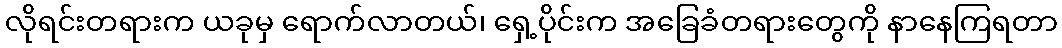
လိုရင်းတရားက ယခုမှ ရောက်လာတယ်၊ ရှေ့ပိုင်းက အခြေခံတရားတွေကို နာနေကြရတာ